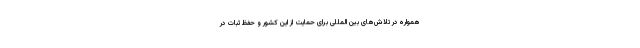
همواره در تلاش‌های بین المللی برای حمایت از این کشور و حفظ ثبات در